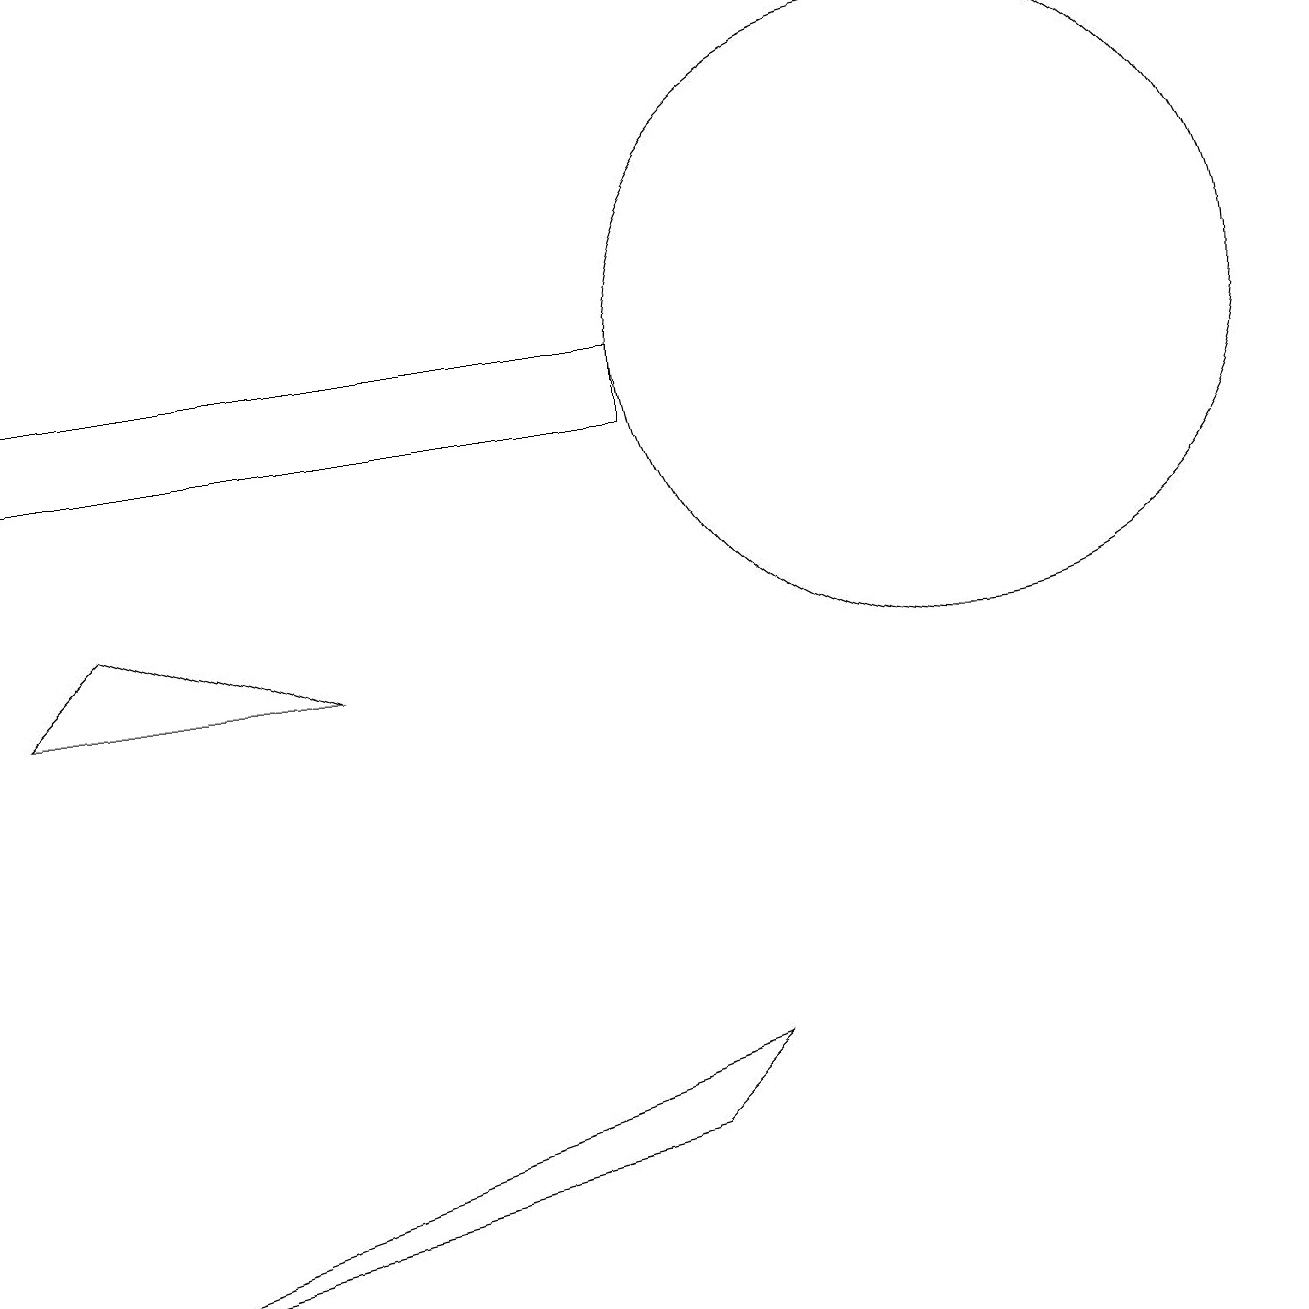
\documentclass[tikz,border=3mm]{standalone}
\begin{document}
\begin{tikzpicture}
\draw (9,3) -- (0,0) -- (8,2) -- cycle;
\draw (12,12) circle (4);
\draw (1,9) -- (0,8) -- (4,8) -- cycle;
\draw (0,12) rectangle (8,11);
\draw (10,11) circle (0);
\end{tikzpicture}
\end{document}